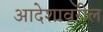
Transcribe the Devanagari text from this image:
आदेशावरील